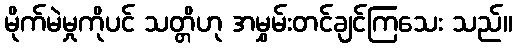
မိုက်မဲမှုကိုပင် သတ္တိဟု အမွှမ်းတင်ချင်ကြသေး သည်။